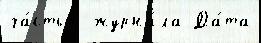
ча́стью  журна́ла Да́та